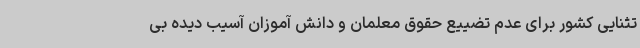
تثنایی کشور برای عدم تضییع حقوق معلمان و دانش آموزان آسیب دیده بی